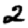
Digit: 2